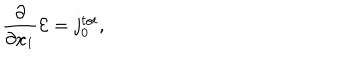
\frac { \partial } { { \partial } x _ { 1 } } { \cal E } = j _ { 0 } ^ { t o t } ,